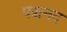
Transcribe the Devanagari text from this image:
पञ्चनद